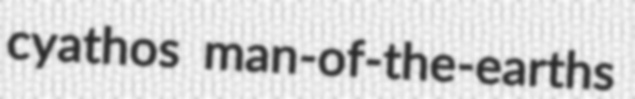
cyathos man-of-the-earths